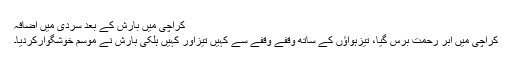
کراچی میں بارش کے بعد سردی میں اضافہ
کراچی میں ابر رحمت برس گیا، تیزہواؤں کے ساتھ وقفے وقفے سے کہیں تیزاور کہیں ہلکی بارش نے موسم خوشگوارکردیا۔